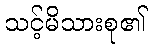
သင့်မိသားစု၏